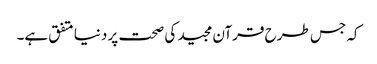
کہ جس طرح قرآن مجید کی صحت پر دنیا متفق ہے۔